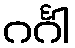
ဂင်္ဂါ